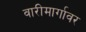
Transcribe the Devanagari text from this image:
वारीमार्गावर